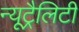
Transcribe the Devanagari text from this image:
न्यूट्रैलिटी